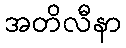
အတိလီနာ